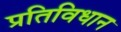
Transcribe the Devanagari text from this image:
प्रतिविधान